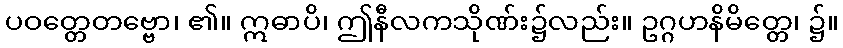
ပဝတ္တေတဗ္ဗော၊ ၏။ ဣဓာပိ၊ ဤနီလကသိုဏ်း၌လည်း။ ဥဂ္ဂဟနိမိတ္တေ၊ ၌။